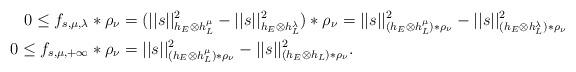
LaTeX: \begin{align*} 0\leq f_{s,\mu,\lambda}\ast\rho_\nu&=(||s||^2_{h_E\otimes h_L^\mu}-||s||^2_{h_E\otimes h_L^\lambda})\ast\rho_\nu =||s||^2_{(h_E\otimes h_L^\mu)\ast\rho_\nu}-||s||^2_{(h_E\otimes h_L^\lambda)\ast\rho_\nu}\\ 0\leq f_{s,\mu,+\infty}\ast\rho_\nu&=||s||^2_{(h_E\otimes h_L^\mu)\ast\rho_\nu}-||s||^2_{(h_E\otimes h_L)\ast\rho_\nu}. \end{align*}